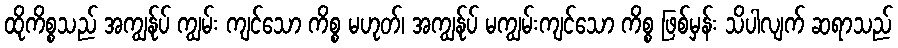
ထိုကိစ္စသည် အကျွန်ုပ် ကျွမ်း ကျင်သော ကိစ္စ မဟုတ်၊ အကျွန်ုပ် မကျွမ်းကျင်သော ကိစ္စ ဖြစ်မှန်း သိပါလျက် ဆရာသည်